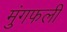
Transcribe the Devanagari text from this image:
मुंगफली